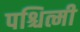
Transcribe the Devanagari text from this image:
पश्चित्मी